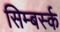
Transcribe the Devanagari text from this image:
सिम्बर्स्क